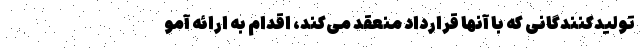
تولیدکنندگانی که با آنها قرارداد منعقد می‌کند، اقدام به ارائه آمو